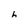
Character: h